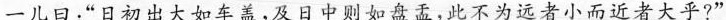
一儿日：”日初出大如车盖，及日中则如盘盂，此不为远者小而近者大乎?”